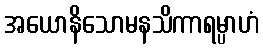
အယောနိသောမနသိကာရမ္ပာဟံ